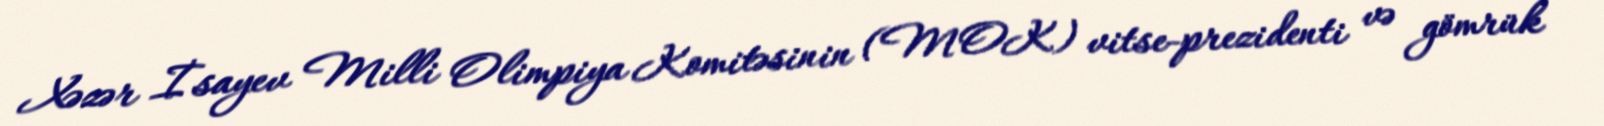
Xəzər İsayev Milli Olimpiya Komitəsinin (MOK) vitse-prezidenti və gömrük